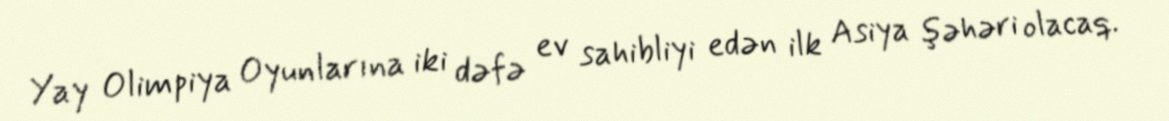
Yay Olimpiya Oyunlarına iki dəfə ev sahibliyi edən ilk Asiya şəhəri olacaq.